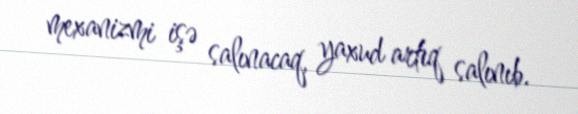
mexanizmi işə salınacaq, yaxud artıq salınıb.